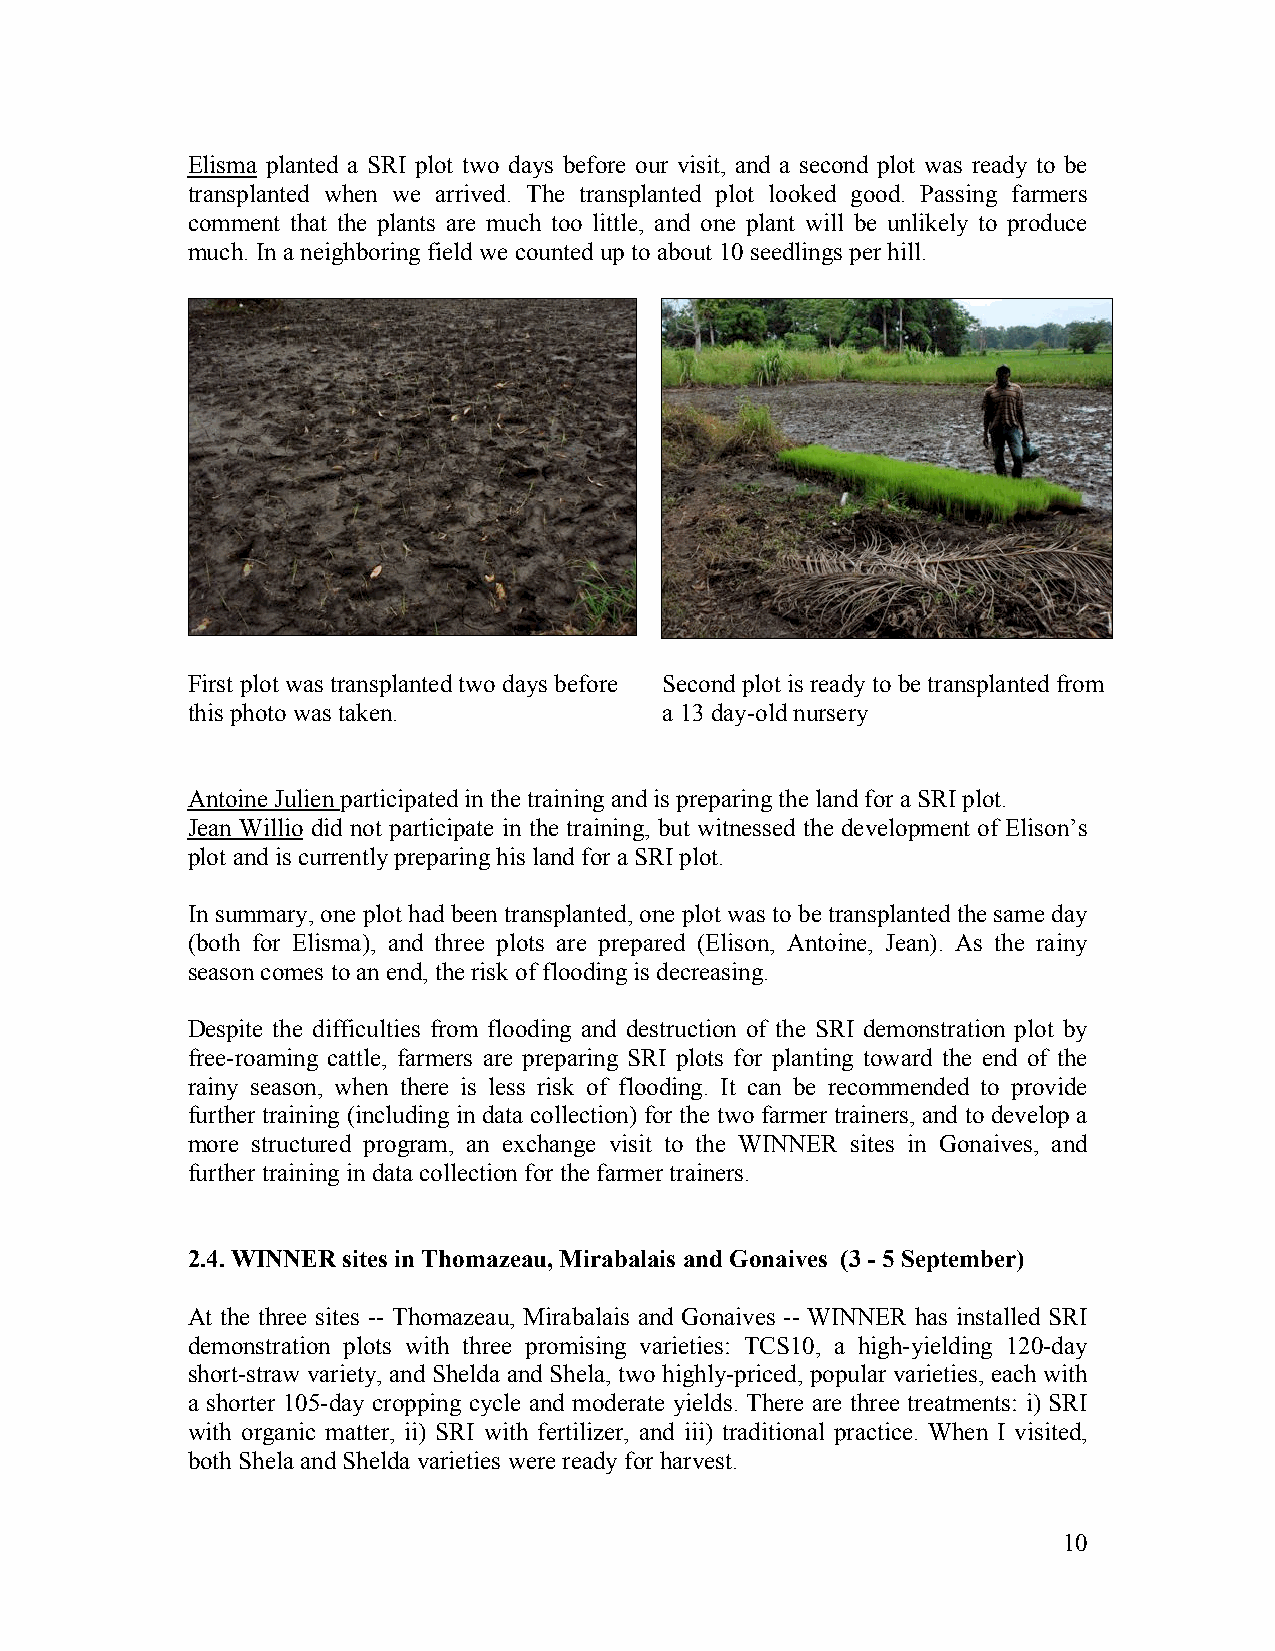
Elisma planted a SRI plot two days before our visit, and a second plot was ready to be
 transplanted when we arrived. The transplanted plot looked good. Passing farmers
 comment that the plants are much too little, and one plant will be unlikely to produce
 much. In a neighboring field we counted up to about 10 seedlings per hill.
 First plot was transplanted two days before Second plot is ready to be transplanted from
 this photo was taken.           a 13 day-old nursery
 Antoine Julien participated in the training and is preparing the land for a SRI plot.
 Jean Willio did not participate in the training, but witnessed the development of Elison’s
 plot and is currently preparing his land for a SRI plot.
 In summary, one plot had been transplanted, one plot was to be transplanted the same day
 (both for Elisma), and three plots are prepared (Elison, Antoine, Jean). As the rainy
 season comes to an end, the risk of flooding is decreasing.
 Despite the difficulties from flooding and destruction of the SRI demonstration plot by
 free-roaming cattle, farmers are preparing SRI plots for planting toward the end of the
 rainy season, when there is less risk of flooding. It can be recommended to provide
 further training (including in data collection) for the two farmer trainers, and to develop a
 more structured program, an exchange visit to the WINNER sites in Gonaives, and
 further training in data collection for the farmer trainers.
 2.4. WINNER sites in Thomazeau, Mirabalais and Gonaives (3 - 5 September)
 At the three sites -- Thomazeau, Mirabalais and Gonaives -- WINNER has installed SRI
 demonstration plots with three promising varieties: TCS10, a high-yielding 120-day
 short-straw variety, and Shelda and Shela, two highly-priced, popular varieties, each with
 a shorter 105-day cropping cycle and moderate yields. There are three treatments: i) SRI
 with organic matter, ii) SRI with fertilizer, and iii) traditional practice. When I visited,
 both Shela and Shelda varieties were ready for harvest.
 10